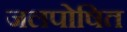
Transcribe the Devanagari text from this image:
जलपोषित